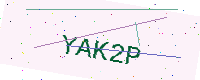
Text: YAK2P